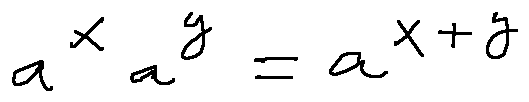
a ^ { x } a ^ { y } = a ^ { x + y }